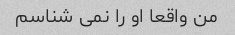
من واقعا او را نمی شناسم